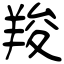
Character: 羧